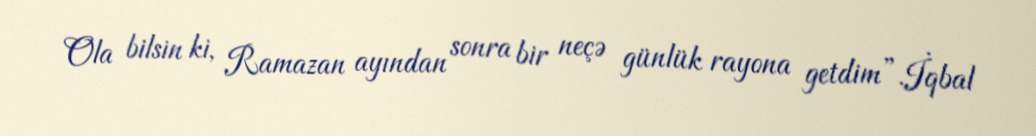
Ola bilsin ki, Ramazan ayından sonra bir neçə günlük rayona getdim”.İqbal